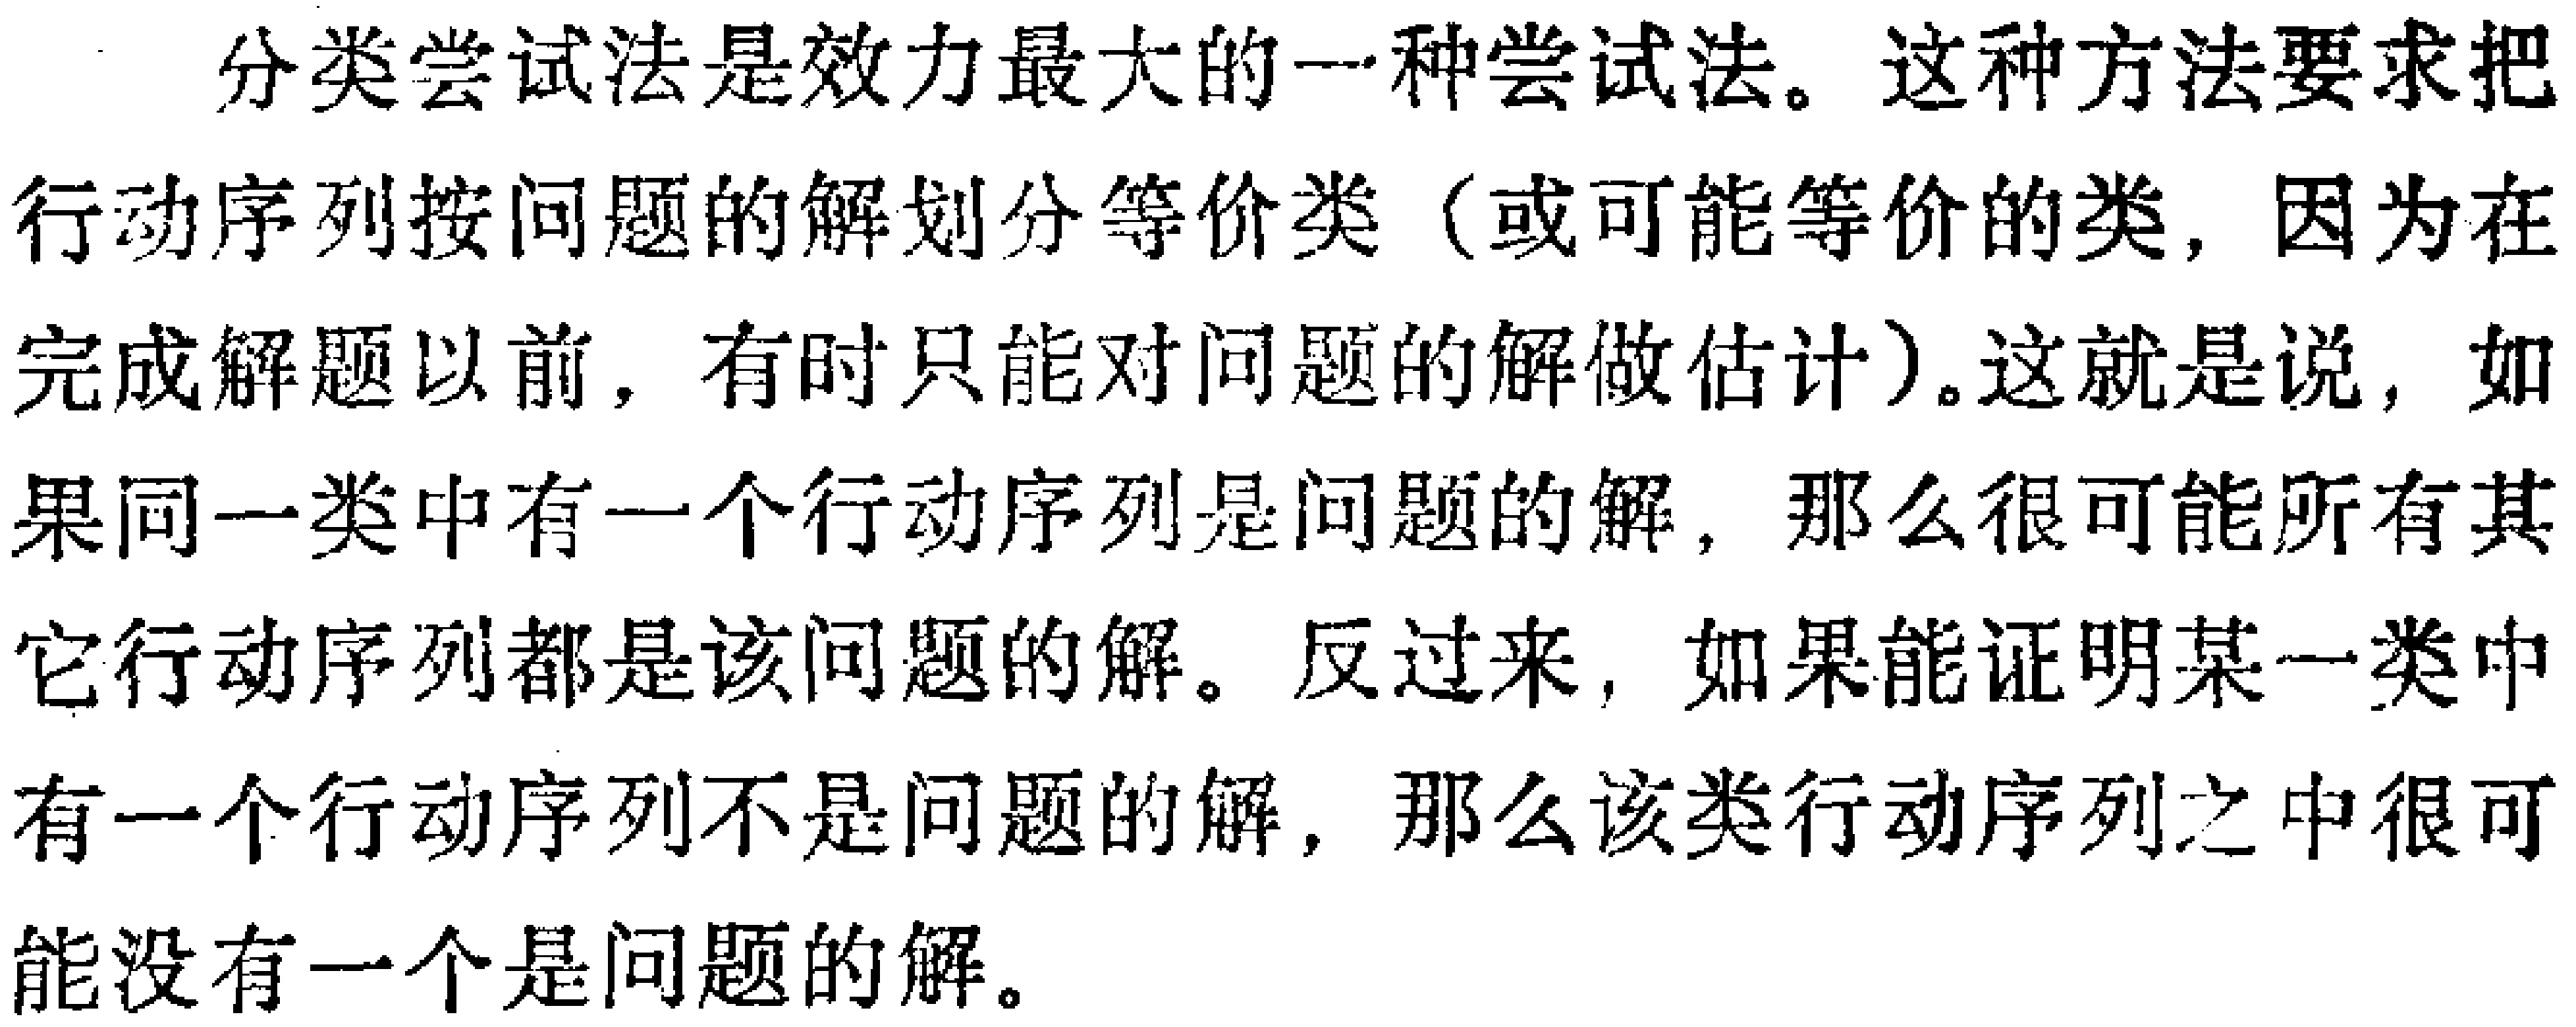
分类尝试法是效力最大的一种尝试法。这种方法要求把行动序列按问题的解划分等价类（或可能等价的类, 因为在完成解题以前, 有时只能对问题的解做估计）。这就是说, 如果同一类中有一个行动序列是问题的解, 那么很可能所有其它行动序列都是该问题的解。反过来, 如果能证明某一类中有一个行动序列不是问题的解, 那么该类行动序列之中很可能没有一个是问题的解。